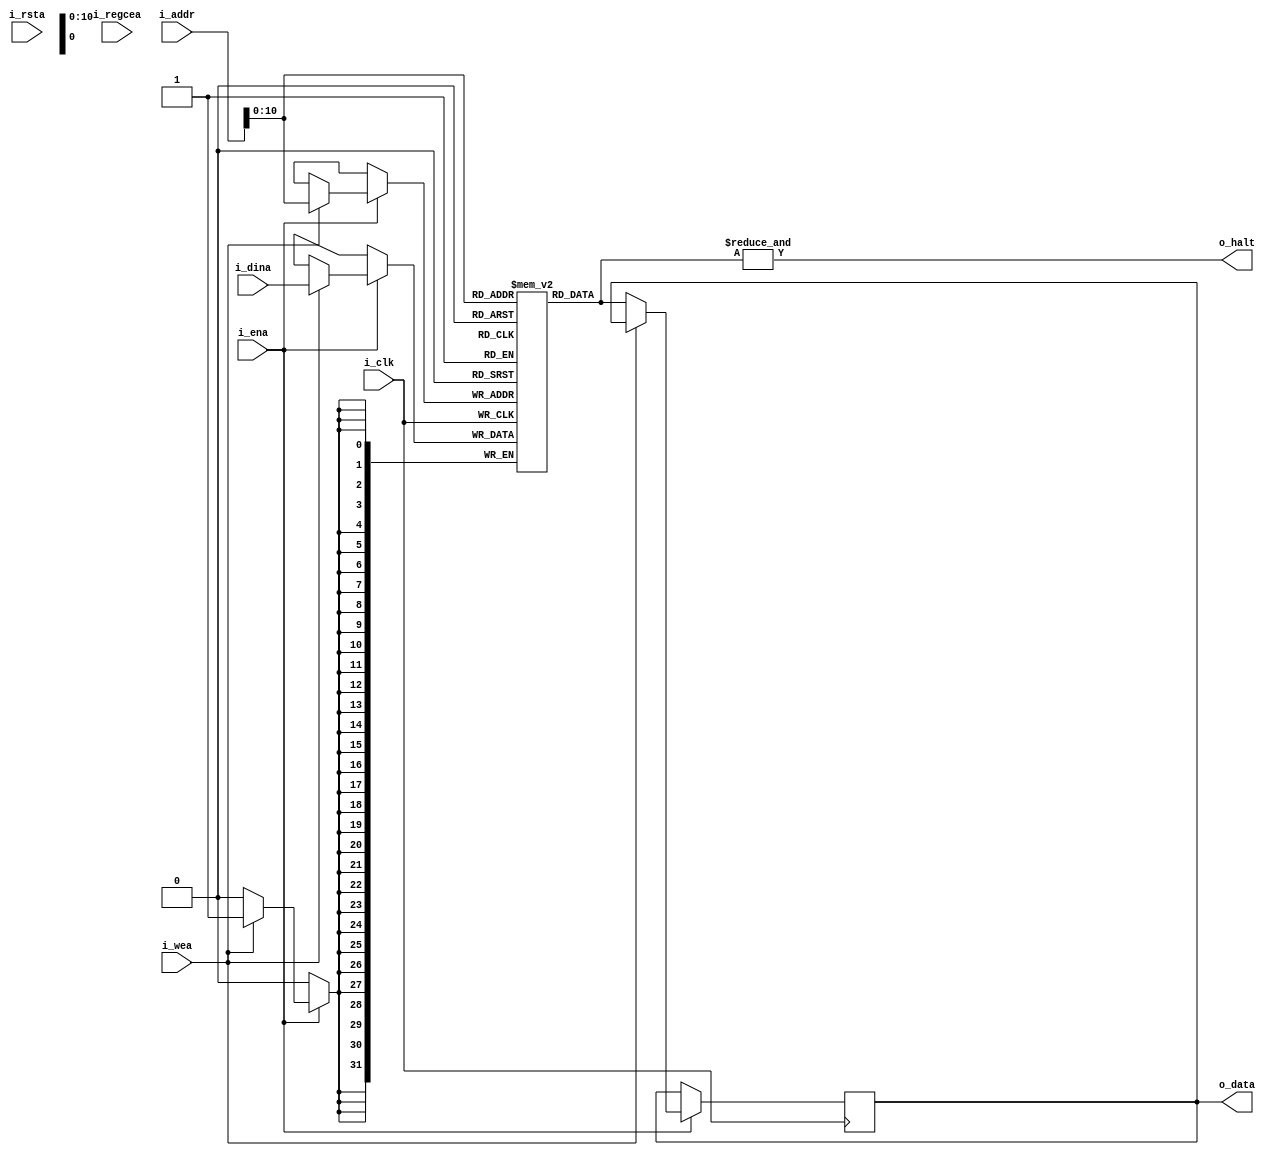
`timescale 1ns / 1ps

module mem_instruction #(
  parameter RAM_WIDTH = 32,                       // Specify RAM data width
  parameter RAM_DEPTH = 2048,                     // Specify RAM depth (number of entries)
  parameter RAM_PERFORMANCE = "LOW_LATENCY",      // Select "HIGH_PERFORMANCE" or "LOW_LATENCY" 
  parameter INIT_FILE = ""                        // Specify name/location of RAM initialization file if using one (leave blank if not)
) (
  //input [clogb2(RAM_DEPTH-1)-1:0] i_addr, // Address bus, width determined from RAM_DEPTH
  //Entradas
  input [RAM_WIDTH-1:0]     i_addr,
  input [RAM_WIDTH-1:0]     i_dina,     // RAM input data
  input                     i_clk,      // Clock
  input                     i_wea,      // Write enable
  input                     i_ena,      // RAM Enable, for additional power savings, disable port when not in use
  input                     i_rsta,     // Output reset (does not affect memory contents)
  input                     i_regcea,   // Output register enable
  //Salidas
  output [RAM_WIDTH-1:0]    o_data,     // RAM output data
  output                    o_halt
);
  
  reg [RAM_WIDTH-1:0] BRAM [RAM_DEPTH-1:0];
  reg [RAM_WIDTH-1:0] ram_data = {RAM_WIDTH{1'b0}};

  assign o_halt = &BRAM[i_addr];

  // The following code either initializes the memory values to a specified file or to all zeros to match hardware
  generate
    if (INIT_FILE != "") begin: use_init_file           //Inicializa la memoria con un archivo
      initial
        $readmemb(INIT_FILE, BRAM, 0, RAM_DEPTH-1);
    end else begin: init_bram_to_zero                   //Inicializa la memoria en cero
      integer ram_index;
      initial
        for (ram_index = 0; ram_index < RAM_DEPTH; ram_index = ram_index + 1)
          BRAM[ram_index] = {RAM_WIDTH{1'b0}};
    end
  endgenerate

  always @(posedge i_clk)
    if (i_ena)
      if (i_wea)
        BRAM[i_addr] <= i_dina;
      else
        ram_data <= BRAM[i_addr];

  //  The following code generates HIGH_PERFORMANCE (use output register) or LOW_LATENCY (no output register)
  generate
    if (RAM_PERFORMANCE == "LOW_LATENCY") begin: no_output_register

      // The following is a 1 clock cycle read latency at the cost of a longer clock-to-out timing
       assign o_data = ram_data;

    end else begin: output_register

      // The following is a 2 clock cycle read latency with improve clock-to-out timing

      reg [RAM_WIDTH-1:0] douta_reg = {RAM_WIDTH{1'b0}};

      always @(posedge i_clk)
        if (i_rsta)
          douta_reg <= {RAM_WIDTH{1'b0}};
        else if (i_regcea)
          douta_reg <= ram_data;

      assign o_data = douta_reg;

    end
  endgenerate

  //  The following function calculates the address width based on specified RAM depth
  function integer clogb2;
    input integer depth;
      for (clogb2=0; depth>0; clogb2=clogb2+1)
        depth = depth >> 1;
  endfunction

endmodule

// The following is an instantiation template for xilinx_single_port_ram_no_change
/*
  //  Xilinx Single Port No Change RAM
  xilinx_single_port_ram_no_change #(
    .RAM_WIDTH(18),                       // Specify RAM data width
    .RAM_DEPTH(1024),                     // Specify RAM depth (number of entries)
    .RAM_PERFORMANCE("HIGH_PERFORMANCE"), // Select "HIGH_PERFORMANCE" or "LOW_LATENCY" 
    .INIT_FILE("")                        // Specify name/location of RAM initialization file if using one (leave blank if not)
  ) your_instance_name (
    .i_addr(i_addr),    // Address bus, width determined from RAM_DEPTH
    .dina(dina),      // RAM input data, width determined from RAM_WIDTH
    .i_clk(i_clk),      // Clock
    .wea(wea),        // Write enable
    .ena(ena),        // RAM Enable, for additional power savings, disable port when not in use
    .rsta(rsta),      // Output reset (does not affect memory contents)
    .regcea(regcea),  // Output register enable
    .douta(douta)     // RAM output data, width determined from RAM_WIDTH
  );

*/